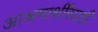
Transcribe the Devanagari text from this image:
आश्रमार्थींसाठी